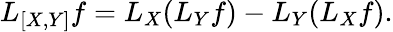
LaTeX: L_{[X,Y]}f=L_{X}(L_{Y}f)-L_{Y}(L_{X}f).